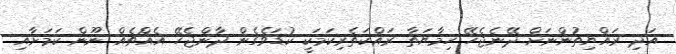
އަދި ރައްޔިތުންނަށް ދޭނެޖެހޭ ހިމާޔަތާ ރައްކަތެރިކަމަކީ ކުޑަވެގެން ދާންޖެހޭ އެއްޗެއް ނޫން ކަމަށާއި